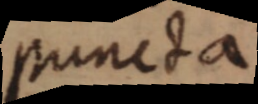
puncta